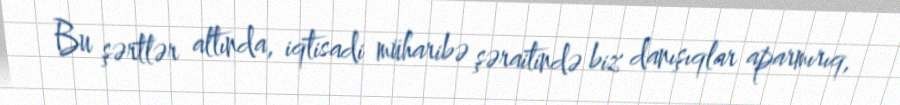
Bu şərtlər altında, iqtisadi müharibə şəraitində biz danışıqlar aparmırıq,